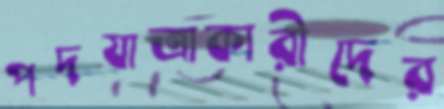
পদযাত্রাকারীদের